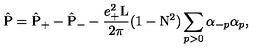
\hat { \mathrm { P } } = \hat { \mathrm { P } } _ { + } - \hat { \mathrm { P } } _ { - } - \frac { e _ { + } ^ { 2 } \mathrm { L } } { 2 \pi } ( 1 - \mathrm { N } ^ { 2 } ) \sum _ { p > 0 } { \alpha } _ { - p } { \alpha } _ { p } ,